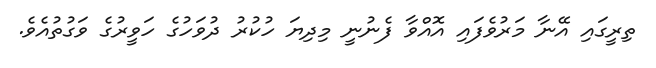
ތިރީގައި އޭނާ މަރުވެފައި އޮއްވާ ފެނުނީ މިދިޔަ ހުކުރު ދުވަހުގެ ހަވީރުގެ ވަގުތުއެވެ.